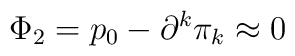
\Phi _2=p_0-\partial ^k\pi _k\approx 0